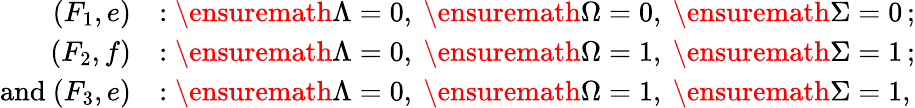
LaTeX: \begin{array}{rl}{(F_{1},e)}&{:\ensuremath{\Lambda}=0,\ \ensuremath{\Omega}=0,\ \ensuremath{\Sigma}=0\, ;}\\ {(F_{2},f)}&{:\ensuremath{\Lambda}=0,\ \ensuremath{\Omega}=1,\ \ensuremath{\Sigma}=1\, ;}\\ {\mathrm{and~}(F_{3},e)}&{:\ensuremath{\Lambda}=0,\ \ensuremath{\Omega}=1,\ \ensuremath{\Sigma}=1,}\end{array}